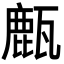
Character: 㼾